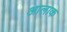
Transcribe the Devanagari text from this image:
आलाक